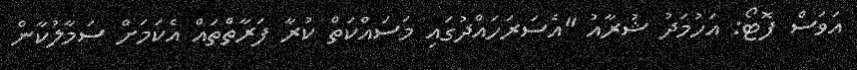
އަވަސް ފޮޓޯ: އަހުމަދު ޝުރާއު "އެސަރަހައްދުގައި މަސައްކަތް ކުރާ ފަރާތްތައް އެކަމަށް ސަމާލުކާން